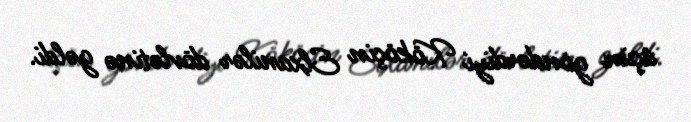
üçün göndərdiyi Kököçin Elxanilər dövlətinə gəldi.